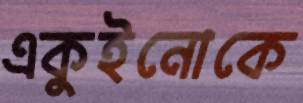
একুইনোকে